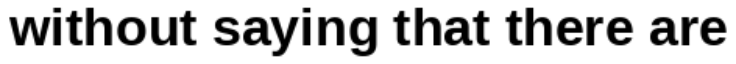
without saying that there are